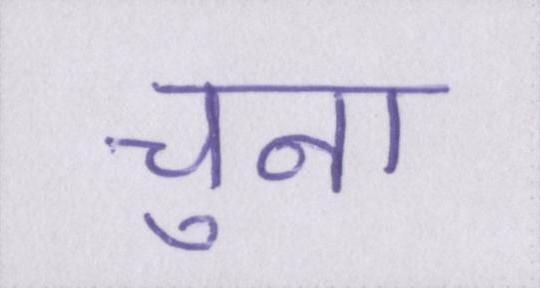
चुना